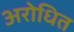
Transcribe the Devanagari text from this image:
अरोधित